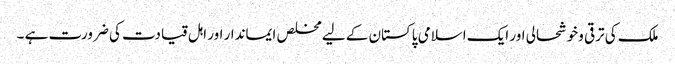
ملک کی ترقی وخوشحالی اور ایک اسلامی پاکستان کے لیے مخلص ایماندار اور اہل قیادت کی ضرورت ہے ۔